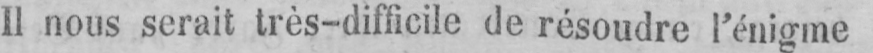
Il nous serait très-difficile de résoudre l’énigme